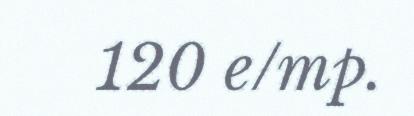
120 e/mp.